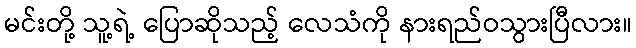
မင်းတို့ သူ့ရဲ့ ပြောဆိုသည့် လေသံကို နားရည်ဝသွားပြီလား။